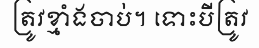
ត្រូវខ្មាំងចាប់។ ទោះបីត្រូវ